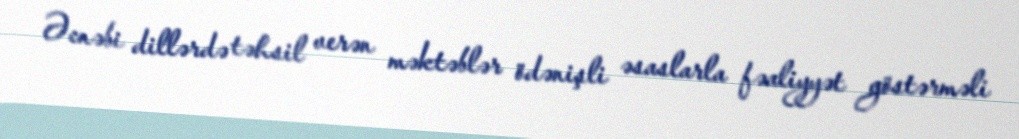
Əcnəbi dillərdə təhsil verən məktəblər ödənişli əsaslarla fəaliyyət göstərməli